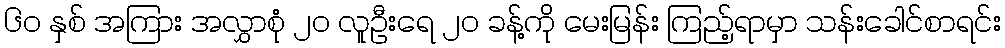
၆၀ နှစ် အကြား အလွှာစုံ ၂၀ လူဦးရေ ၂၀ ခန့်ကို မေးမြန်း ကြည့်ရာမှာ သန်းခေါင်စာရင်း